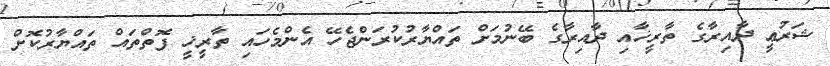
ޝަރުޢީ ދާއިރާގެ ތާރީޚާއި ދާއިރާގެ ބޭނުމަށް ތައްޔާރުކުރަންޖެހޭ އެންމެހައި ތާރީޚީ ފޮތްތައް ތައްޔާރުކޮށް